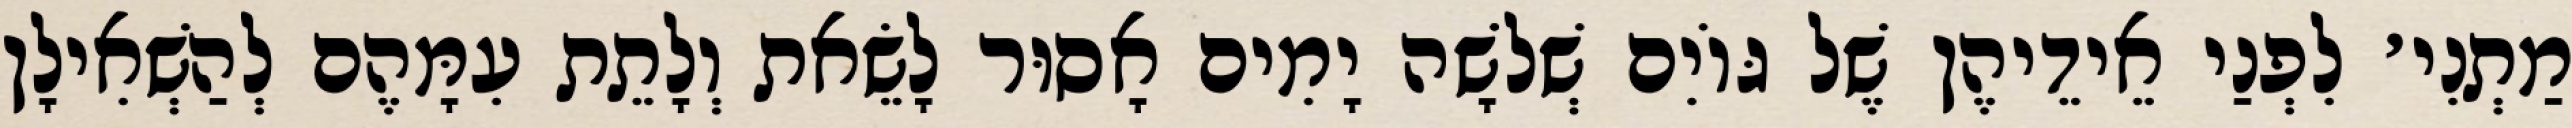
מַתְנִי׳ לִפְנַי אֵידֵיהֶן שֶׁל גּוֹיִם שְׁלֹשָׁה יָמִים אָסוּר לָשֵׂאת וְלָתֵת עִמָּהֶם לְהַשְׁאִילָן